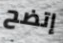
إتضح